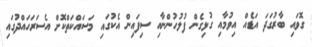
ގޮވައި ބާރުގަދަ އަޑެއް އިވުމާއި ގުޅިގެން ފުލުހުންނާއި ސިފައިން އެކުގައި މަސައްކަތްކޮށް އެސަރަހައްދުގައި